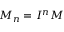
M _ { n } = I ^ { n } M